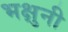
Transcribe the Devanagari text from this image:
भक्षुनी